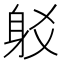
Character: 𨈠